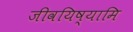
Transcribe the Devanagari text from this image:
जीवयिष्यामि